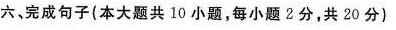
六，完成句子(本大题共10小题，每小题2分，共20分)